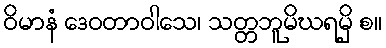
ဝိမာနံ ဒေဝတာဝါသေ၊ သတ္တဘူမိဃရမှိ စ။